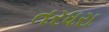
તરધરા